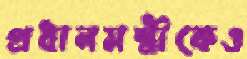
প্রধানমন্ত্রীকেও